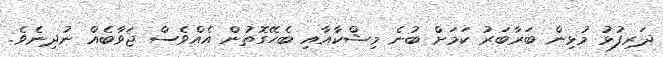
ދަރިފުޅު މުޅިން ބަރާބަރު ކަމަށް ބުނެ މިޝްކާއާއި ބެހޭގޮތުން އެއްވެސް ޖަވާބެއް ނުދިނެވެ.